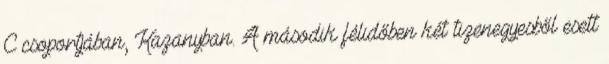
C csoportjában, Kazanyban. A második félidőben két tizenegyesből esett